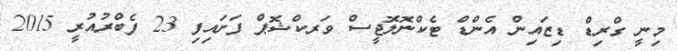
މިނީ ގްރިޑް ޑިޒައިން އެންޑް ޓެކްނޮލޮޖީސް ވަރކްޝޮޕް ފަށައިފި 23 ފެބްރުއުރީ 2015